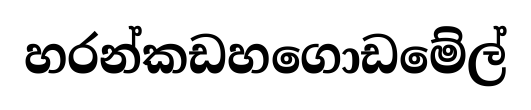
හරන්කඩහගොඩමේල්